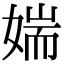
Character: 媏